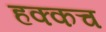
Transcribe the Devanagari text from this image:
हक्कच